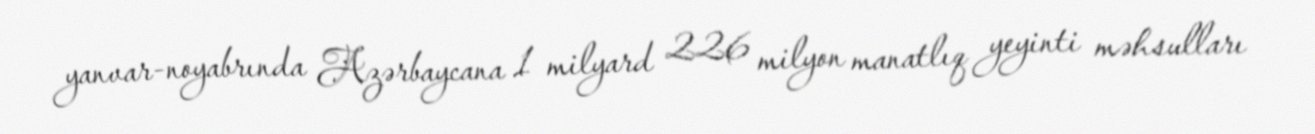
yanvar-noyabrında Azərbaycana 1 milyard 226 milyon manatlıq yeyinti məhsulları